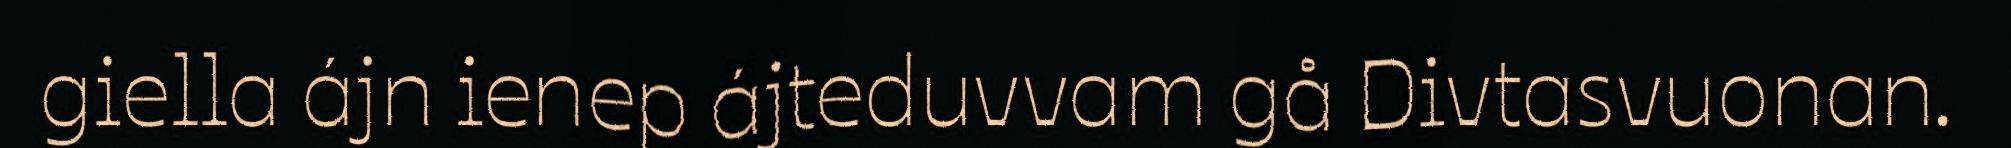
giella ájn ienep ájteduvvam gå Divtasvuonan.